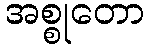
အစ္စုတော